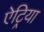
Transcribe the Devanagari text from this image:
ऐट्रिया